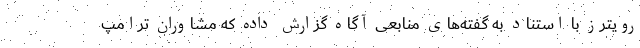
رویترز با استناد به گفته‌های منابعی آگاه گزارش داده که مشاوران ترامپ